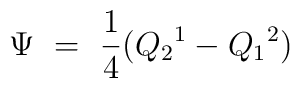
\Psi \ = \ \frac{1}{4} ( {Q_2}^1 - {Q_1}^2 )